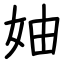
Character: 妯